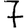
Digit: 7